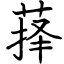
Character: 萚